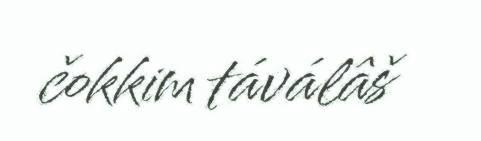
čokkim táválâš